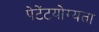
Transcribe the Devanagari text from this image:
पेटेंटयोग्यता